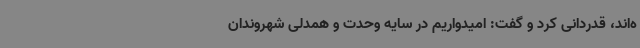
ه‌اند، قدردانی کرد و گفت: امیدواریم در سایه وحدت و همدلی شهروندان